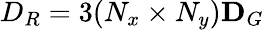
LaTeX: D_{R}=3(N_{x}\times N_{y})\le D_{G}